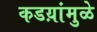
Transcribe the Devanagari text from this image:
कडय़ांमुळे